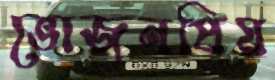
ভোজনপ্রিয়